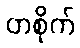
တစိုက်